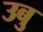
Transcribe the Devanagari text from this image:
उबु